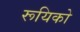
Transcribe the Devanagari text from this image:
रूयिको